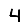
Digit: 4